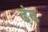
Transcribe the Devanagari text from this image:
ढंढ